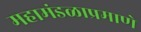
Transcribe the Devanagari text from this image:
महामंडळाप्रमाणे